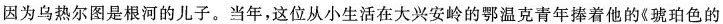
因为乌热尔图是根河的儿子。当年，这位从小生活在大兴安岭的鄂温克青年捧着他的《琥珀色的